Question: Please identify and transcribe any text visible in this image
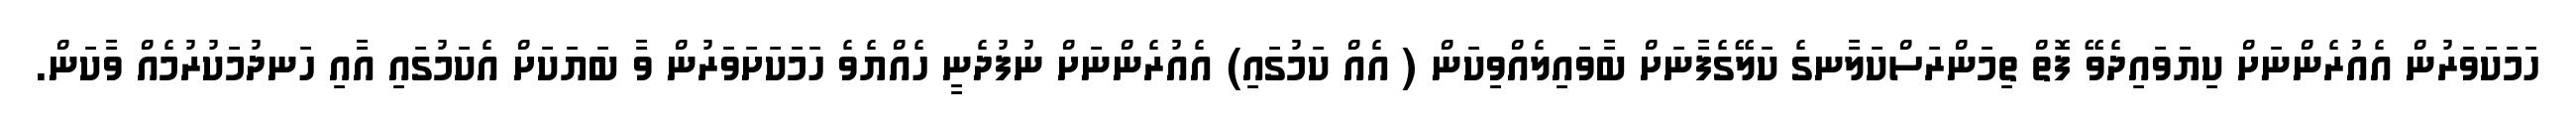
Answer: ހަމަކަަވަރުން އެއުރެންނަށް ކިޔަވައިދެވޭ ފޮތް ތިމަންރަސްކަލާނގެ ކަލޭގެފާނަށް ބާވައިލެއްވިކަން ( އެއް ކަމުގައި) އެއުރެންނަށް ނުފުދެނީ ހެއްޔެވެ ހަމަކަށަވަރުން ވާ ބަޔަކަށް އެކަމުގައި އާއި ހަނދުމަކުރުމެއް ވާކަން.